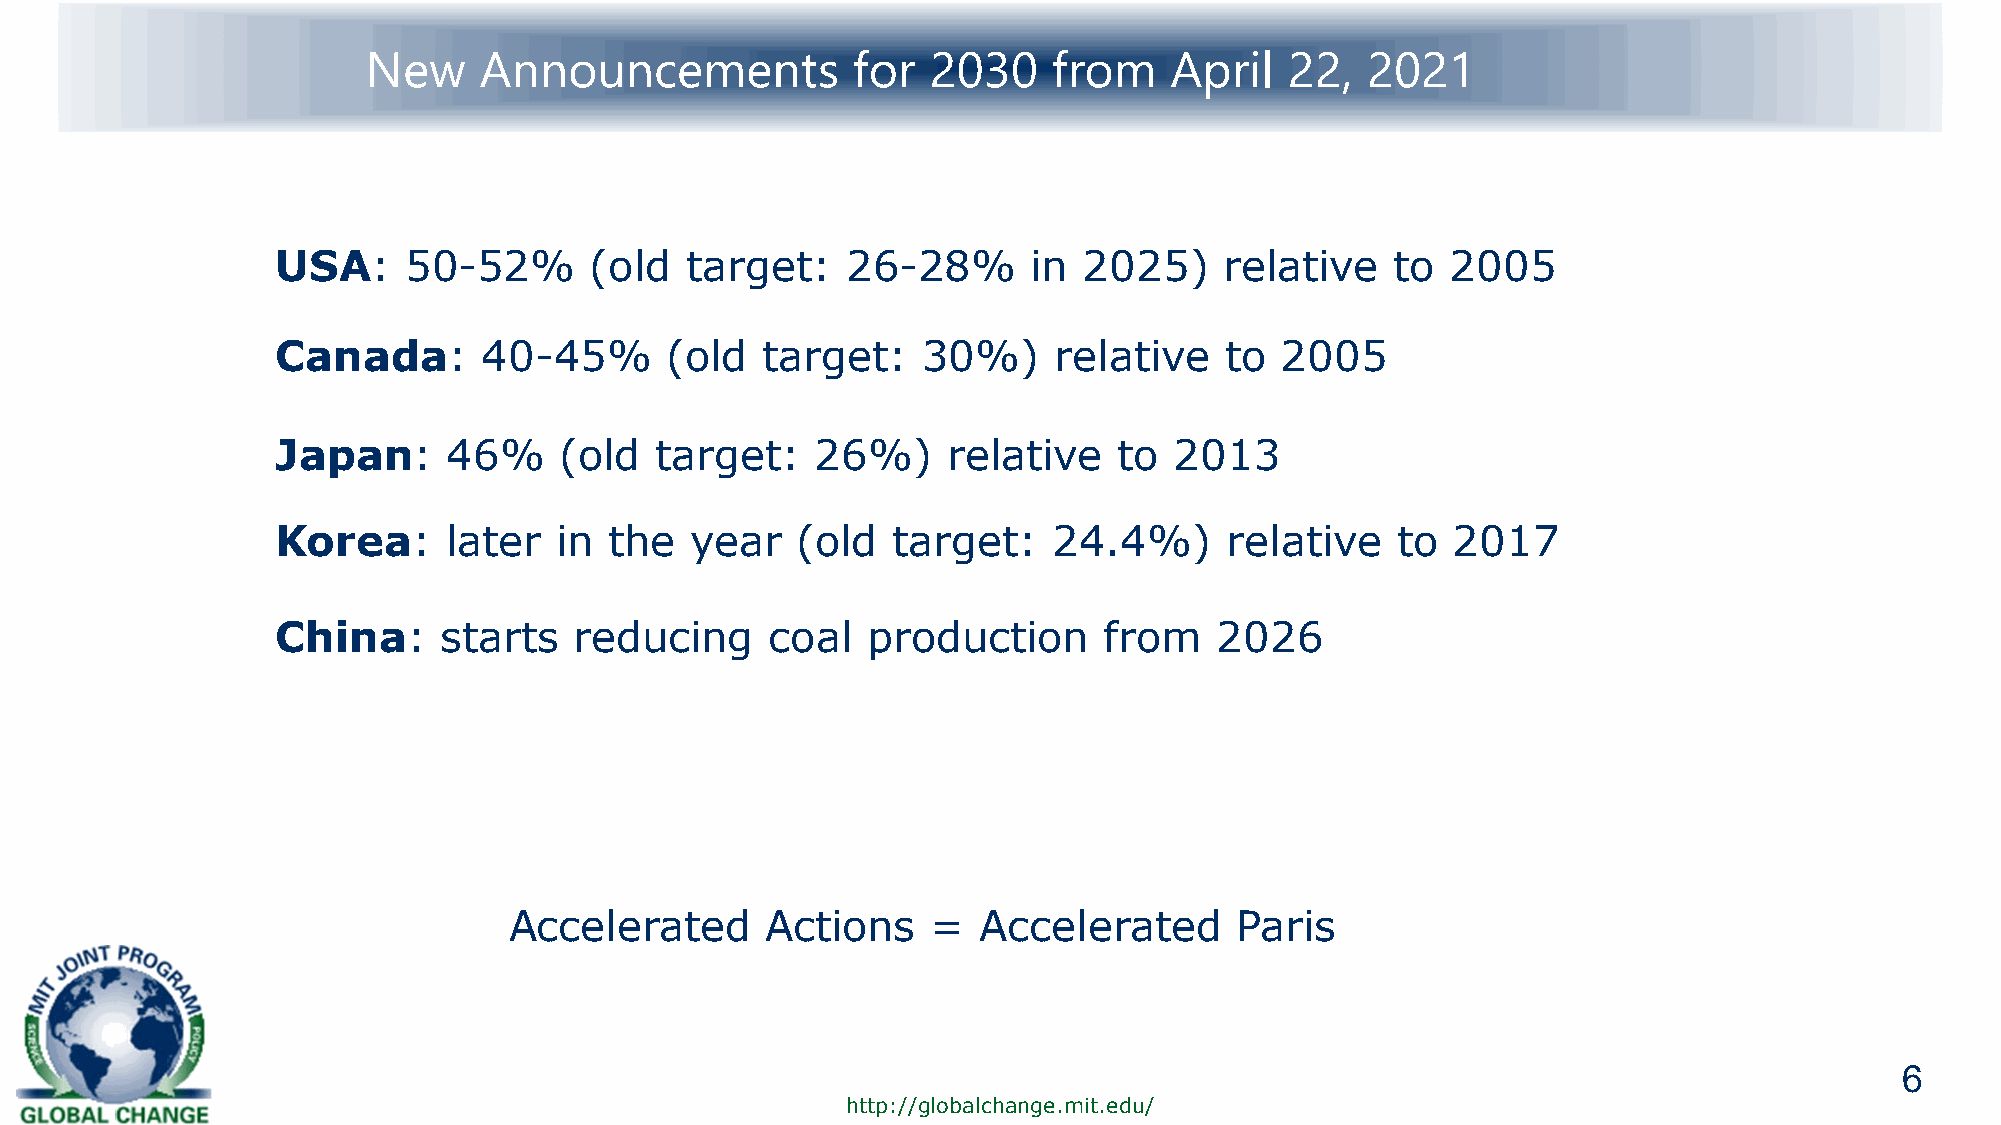
New     Announcements           for   2030    from   April   22,  2021
 USA:     50-52%      (old  target:    26-28%      in  2025)    relative   to  2005
 Canada:       40-45%      (old  target:    30%)     relative   to  2005
 Japan:      46%    (old  target:    26%)     relative   to  2013
 Korea:     later   in the   year   (old  target:    24.4%)     relative   to  2017
 China:     starts   reducing     coal  production      from    2026
 Accelerated      Actions    =  Accelerated      Paris
 6
 http://globalchange.mit.edu/